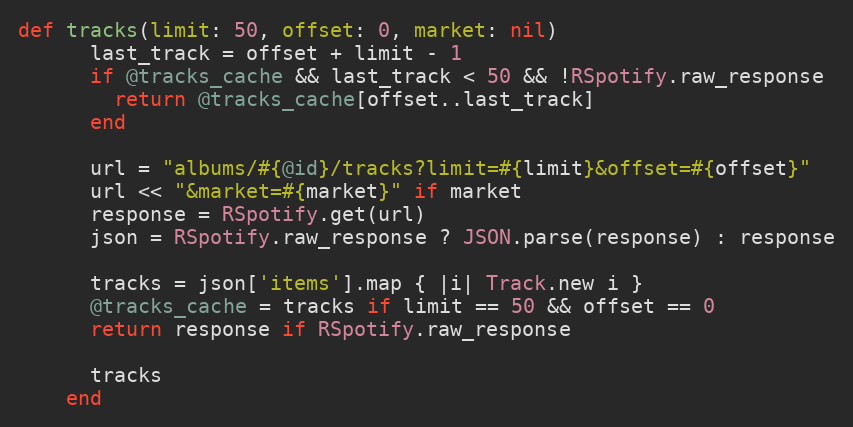
Language: Ruby
def tracks(limit: 50, offset: 0, market: nil)
      last_track = offset + limit - 1
      if @tracks_cache && last_track < 50 && !RSpotify.raw_response
        return @tracks_cache[offset..last_track]
      end

      url = "albums/#{@id}/tracks?limit=#{limit}&offset=#{offset}"
      url << "&market=#{market}" if market
      response = RSpotify.get(url)
      json = RSpotify.raw_response ? JSON.parse(response) : response

      tracks = json['items'].map { |i| Track.new i }
      @tracks_cache = tracks if limit == 50 && offset == 0
      return response if RSpotify.raw_response

      tracks
    end